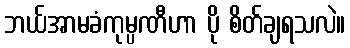
ဘယ်အာမခံကုမ္ပဏီဟာ ပို စိတ်ချရသလဲ။